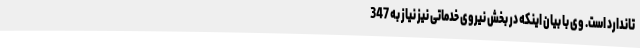
تاندارد است. وی با بیان اینکه در بخش نیروی خدماتی نیز نیاز به 347